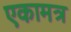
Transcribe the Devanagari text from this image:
एकामत्र